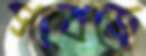
সাবড়ে